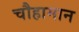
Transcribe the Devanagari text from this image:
चौहामान